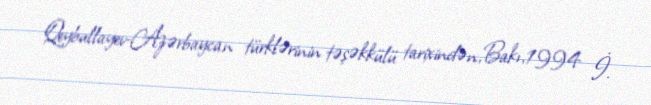
Qeybullayev-Azərbaycan türklərinin təşəkkülü tarixindən,Bakı,1994 İ.